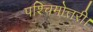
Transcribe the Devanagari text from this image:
पश्चिमोत्तरी।